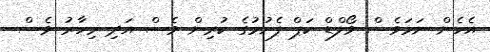
އެހެން ނަމަވެސް ވޯލްޑް ކަޕް ފެށުމުގެ ކުރިން ވެސް އަދި މިހާރު ވެސް